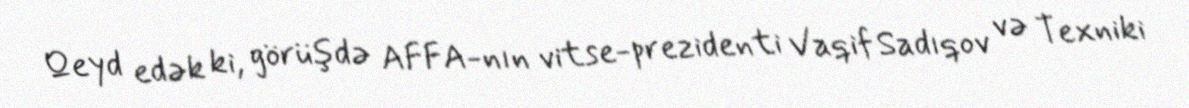
Qeyd edək ki, görüşdə AFFA-nın vitse-prezidenti Vaqif Sadıqov və Texniki